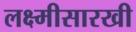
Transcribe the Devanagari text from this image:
लक्ष्मीसारखी